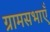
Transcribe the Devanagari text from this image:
ग्रामसभाएँ